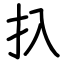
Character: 扖